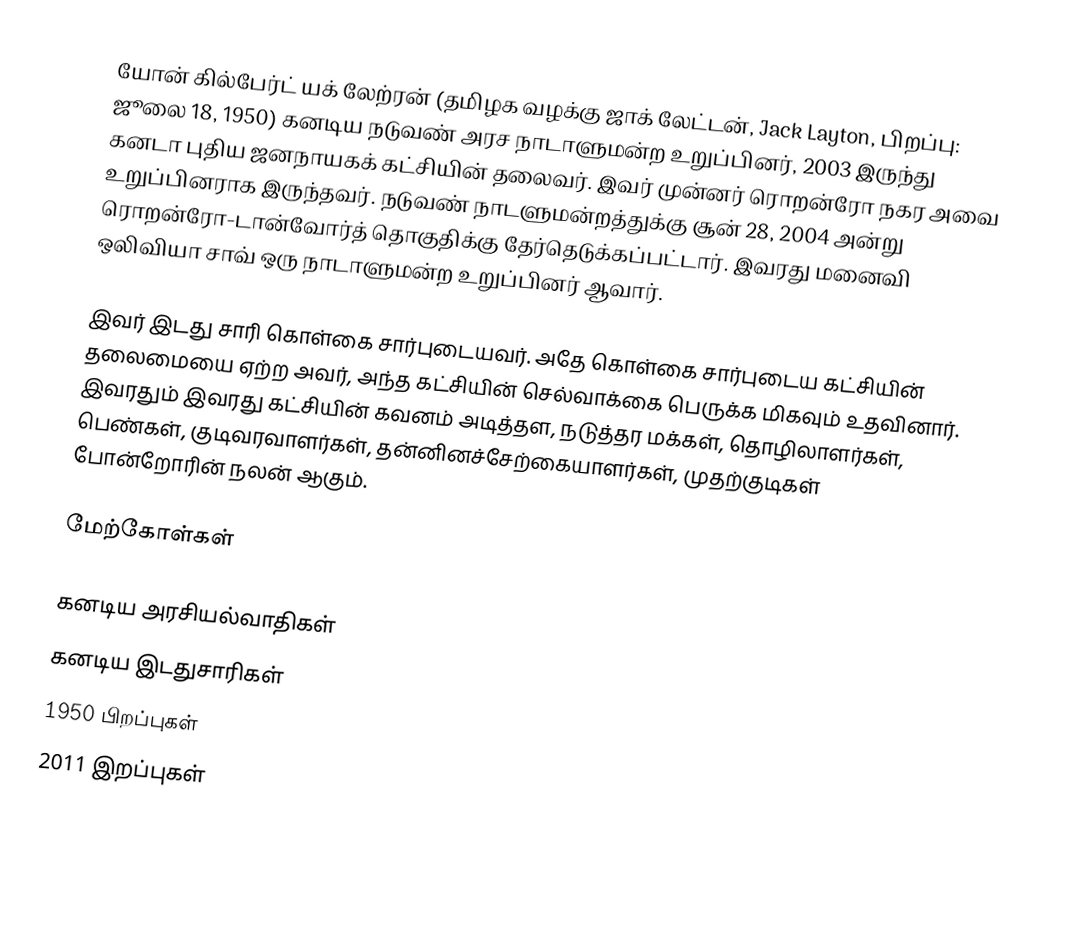
யோன் கில்பேர்ட் யக் லேற்ரன் (தமிழக வழக்கு ஜாக் லேட்டன், Jack Layton, பிறப்பு: ஜூலை 18, 1950) கனடிய நடுவண் அரச நாடாளுமன்ற உறுப்பினர், 2003 இருந்து கனடா புதிய ஜனநாயகக் கட்சியின் தலைவர்.  இவர் முன்னர் ரொறன்ரோ நகர அவை உறுப்பினராக இருந்தவர்.  நடுவண் நாடளுமன்றத்துக்கு சூன் 28, 2004 அன்று ரொறன்ரோ-டான்வோர்த் தொகுதிக்கு தேர்தெடுக்கப்பட்டார்.  இவரது மனைவி ஒலிவியா சாவ் ஒரு நாடாளுமன்ற உறுப்பினர் ஆவார்.

இவர் இடது சாரி கொள்கை சார்புடையவர்.  அதே கொள்கை சார்புடைய கட்சியின் தலைமையை ஏற்ற அவர், அந்த கட்சியின் செல்வாக்கை பெருக்க மிகவும் உதவினார்.  இவரதும் இவரது கட்சியின் கவனம் அடித்தள, நடுத்தர மக்கள், தொழிலாளர்கள், பெண்கள், குடிவரவாளர்கள், தன்னினச்சேற்கையாளர்கள், முதற்குடிகள் போன்றோரின் நலன் ஆகும்.

மேற்கோள்கள்

கனடிய அரசியல்வாதிகள்
கனடிய இடதுசாரிகள்
1950 பிறப்புகள்
2011 இறப்புகள்